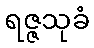
ရဇ္ဇသုခံ